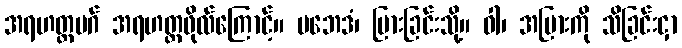
အရဟတ္တမဂ် အရဟတ္တဖိုလ်ကြောင့်။ ပဘေဒံ၊ ပြားခြင်းသို့။ ဝါ၊ အပြားကို သိခြင်းငှာ